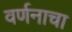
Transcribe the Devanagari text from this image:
वर्णनाचा